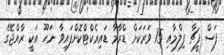
ފަސް ފީޗާ ފިލްމާއި 15 ވަރަކަށް ޑްރާމާ ޑައިރެކްޓްކޮށްފައިވާ ނަހޫ އަކީ ރާއްޖޭގެ